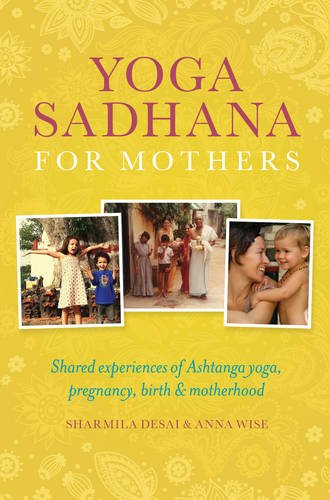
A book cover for Yoga Sadhana for Mothers; Sharmila Desai; Health, Fitness & Dieting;